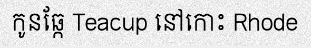
កូនឆ្កែ Teacup នៅកោះ Rhode